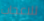
للاعجاب